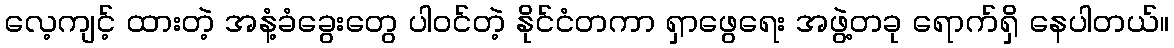
လေ့ကျင့် ထားတဲ့ အနံ့ခံခွေးတွေ ပါဝင်တဲ့ နိုင်ငံတကာ ရှာဖွေရေး အဖွဲ့တခု ရောက်ရှိ နေပါတယ်။